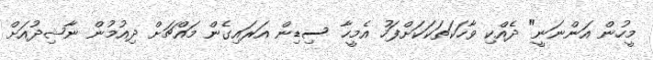
މީހުން އަންނަނީ" ދެއްކި ވާހަކަތަކަކަށްފަހު އެމީހާ ސިޑިން އަރައިގެން މައްޗަށް ދިއުމުން ނާޝިދުއަށް